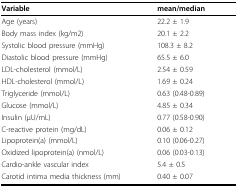
| Variable | mean/median |
 | --- | --- |
 | Age (years) | 22.2 ± 1.9 |
 | Body mass index (kg/m2) | 20.1 ± 2.2 |
 | Systolic blood pressure (mmHg) | 108.3 ± 8.2 |
 | Diastolic blood pressure (mmHg) | 65.5 ± 6.0 |
 | LDL-cholesterol (mmol/L) | 2.54 ± 0.59 |
 | HDL-cholesterol (mmol/L) | 1.69 ± 0.24 |
 | Triglyceride (mmol/L) | 0.63 (0.48-0.89) |
 | Glucose (mmol/L) | 4.85 ± 0.34 |
 | Insulin (μU/mL) | 0.77 (0.58-0.90) |
 | C-reactive protein (mg/dL) | 0.06 ± 0.12 |
 | Lipoprotein(a) (mmol/L) | 0.10 (0.06-0.27) |
 | Oxidized lipoprotein(a) (nmol/L) | 0.06 (0.03-0.13) |
 | Cardio-ankle vascular index | 5.4 ± 0.5 |
 | Carotid intima media thickness (mm) | 0.40 ± 0.07 |